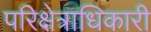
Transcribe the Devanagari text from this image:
परिक्षेत्राधिकारी